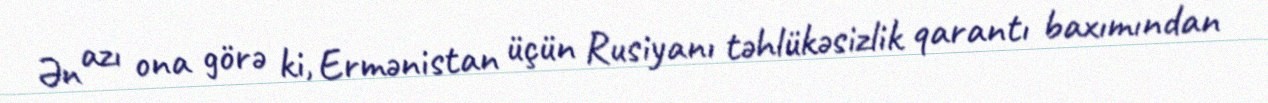
Ən azı ona görə ki, Ermənistan üçün Rusiyanı təhlükəsizlik qarantı baxımından